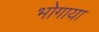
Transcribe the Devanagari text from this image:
भोगाया